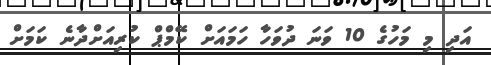
އަދި މި މަހުގެ 10 ވަނަ ދުވަހާ ހަމައަށް ކޭމްޕް ކުރިއަށްދާނެ ކަމަށް